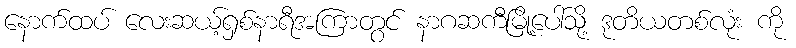
နောက်ထပ် လေးဆယ့်ရှစ်နာရီအကြာတွင် နာဂဆကီမြို့ပေါ်သို့ ဒုတိယတစ်လုံး ကို